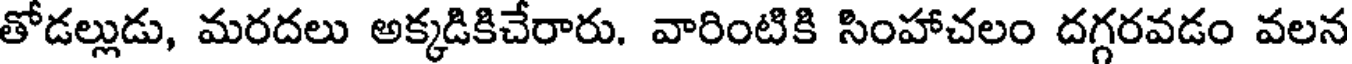
తోడల్లుడు, మరదలు అక్కడికిచేరారు. వారింటికి సింహాచలం దగ్గరవడం వలన